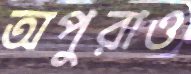
অপুরাও